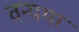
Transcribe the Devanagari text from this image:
वन्यया